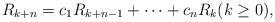
LaTeX: \begin{align*}R_{k+n}=c_1R_{k+n-1}+\cdots+c_nR_k(k\geq 0),\end{align*}